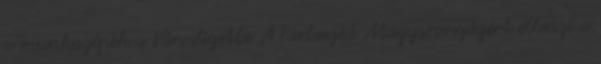
a munkagépek a Városligetbe A Párbeszéd Magyarországért ellenzi a